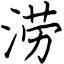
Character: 涝